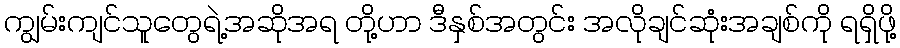
ကျွမ်းကျင်သူတွေရဲ့အဆိုအရ တို့ဟာ ဒီနှစ်အတွင်း အလိုချင်ဆုံးအချစ်ကို ရရှိဖို့